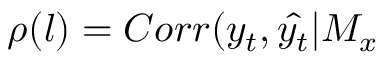
\rho ( l ) = C o r r ( y _ { t } , \hat { y _ { t } } | M _ { x }